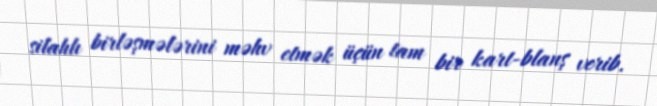
silahlı birləşmələrini məhv etmək üçün tam bir kart-blanş verib.